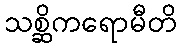
သစ္ဆိကရောမီတိ